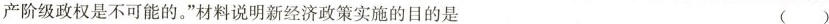
产阶级政权是不可能的。“材料说明新经济政策实施的目的是 （ ）